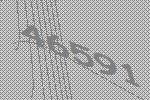
46591